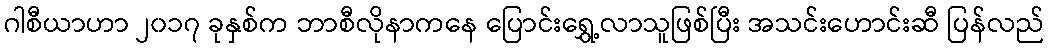
ဂါစီယာဟာ ၂၀၁၇ ခုနှစ်က ဘာစီလိုနာကနေ ပြောင်းရွှေ့လာသူဖြစ်ပြီး အသင်းဟောင်းဆီ ပြန်လည်